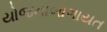
યોજનાબાગાયત